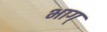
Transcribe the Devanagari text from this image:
भाग्